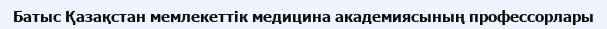
Батыс Қазақстан мемлекеттік медицина академиясының профессорлары